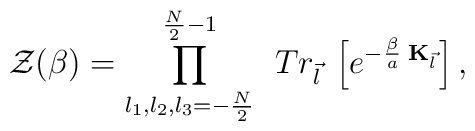
{\cal Z}(\beta) = \prod_{l_1, l_2, l_3= -\frac{N}{2}}^{\frac{N}{2}-1}\;\,  Tr_{\vec{l}} \; \left[ e^{-\frac{\beta}{a} \;{\bf K}_{\vec{l} } } \right] ,